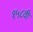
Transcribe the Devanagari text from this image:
१५८वीं